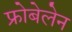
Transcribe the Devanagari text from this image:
फ्रोबेलेन